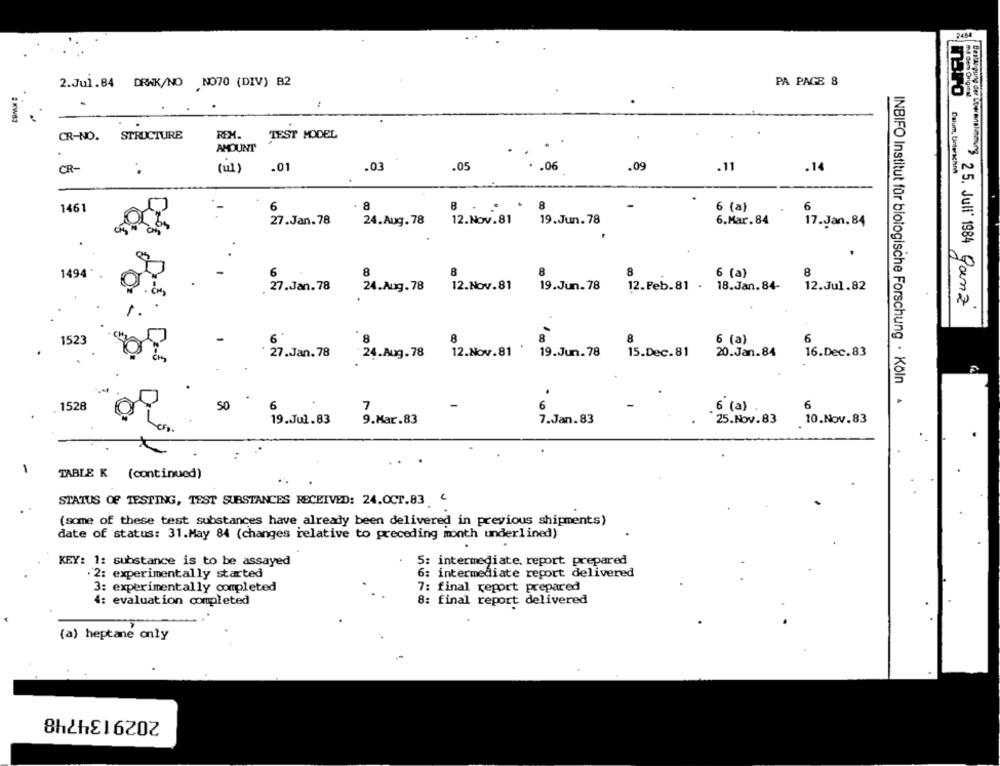
2484
2.Jul.84 DRAK/NO NO70 (DIV) B2
PA PAGE 8
maro
mit dem Original
CR-NO.
STRUCTURE
REM.
TEST MODEL
AMOUNT
CR-
(ul)
.01
.03
.05
.06
.09
.11
.14
Dalum, Unterschni
..
1461
6
6
6 (a)
6.Mar.84
17.Jan.84
27.Jan.78 24.Aug.78 12.Nov.81 19.Jun.78
1494
6
8
8
8
8
6 (a)
8
27.Jan. 78
24.Aug. 78
12.Nov.81
19.Jun. 78
12. Feb.81 . 18.Jan. 84-
12.Jul.82
25. Juli 1984 Ganz
8
6
1523
6'
6 (a)
15.Dec.81
20.Jan.84
16.Dec.83
27 .Jan.78 24 .Aug. 78 12.Nov.81 9.Ju
INBIFO Institut für biologische Forschung · Köln
1528
50
7
-
6
6 (a)
6
19.Jul.83
9.Mar.83
7.Jan.83
25.Nov.83
10.Nov.83
-
TABLE K (continued)
STATUS OF TESTING, TEST SUBSTANCES RECEIVED: 24.OCT.83 .
(some of these test substances have already been delivered in previous shipments)
date of status: 31.May 84 (changes relative to preceding month underlined)
KEY: 1: substance is to be assayed
5: intermediate, report prepared
. 2: experimentally started
6: intermediate report delivered
3: experimentally completed
7: final report prepared
4: evaluation completed
8: final report delivered
(a) heptane only
2029134748